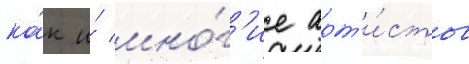
ка́к и́ мно́г'ие арт'и́сты